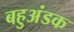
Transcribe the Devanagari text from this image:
बहुअंडक